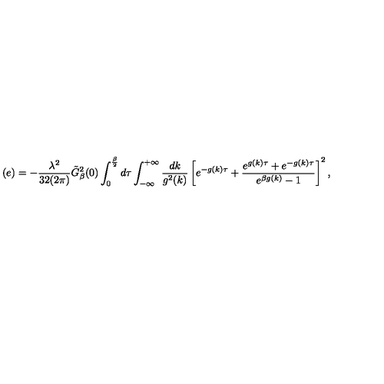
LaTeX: ( e ) = - { \frac { \lambda ^ { 2 } } { 3 2 ( 2 \pi ) } } { \tilde { G } } _ { \beta } ^ { 2 } ( 0 ) \int _ { 0 } ^ { \frac { \beta } { 2 } } d \tau \int _ { - \infty } ^ { + \infty } { \frac { d k } { g ^ { 2 } ( k ) } } \left[ e ^ { - g ( k ) \tau } + { \frac { e ^ { g ( k ) \tau } + e ^ { - g ( k ) \tau } } { e ^ { \beta g ( k ) } - 1 } } \right] ^ { 2 } ,